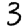
Digit: 3